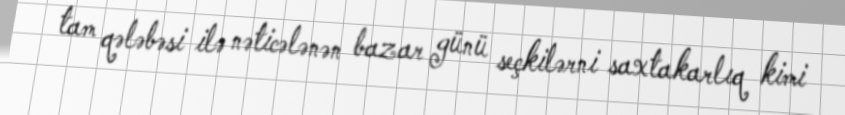
tam qələbəsi ilə nəticələnən bazar günü seçkilərni saxtakarlıq kimi